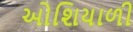
ઓશિયાળી